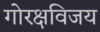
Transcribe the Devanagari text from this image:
गोरक्षविजय